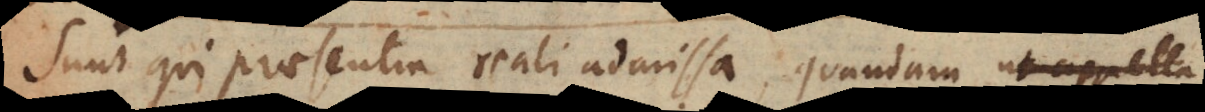
Sunt qui praesentia reali admissa, quandam ut appella